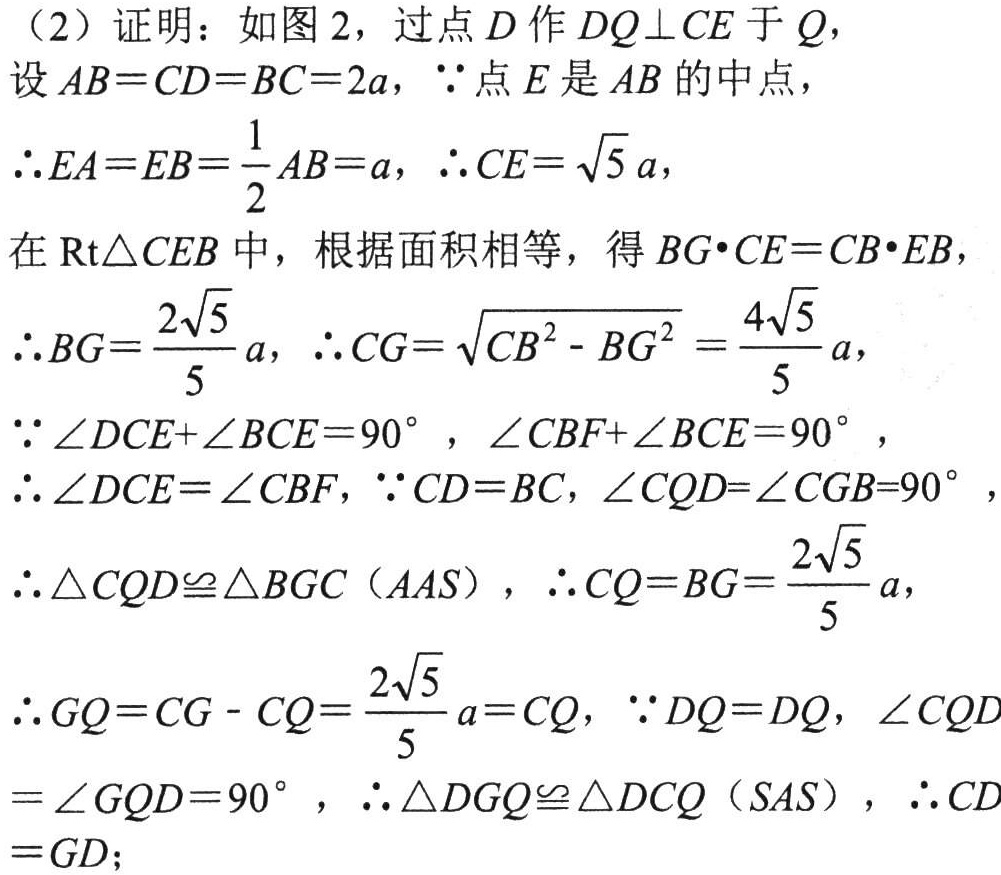
（2）证明：如图2，过点\(D\)作\(DQ\perp CE\)于\(Q\)，
设\(AB = CD = BC = 2a\)，\(\because\)点\(E\)是\(AB\)的中点，
\(\therefore EA=EB = \frac{1}{2}AB = a\)，\(\therefore CE=\sqrt{5}a\)，
在\(\text{Rt}\triangle CEB\)中，根据面积相等，得\(BG\cdot CE = CB\cdot EB\)，
\(\therefore BG=\frac{2\sqrt{5}}{5}a\)，\(\therefore CG=\sqrt{CB^{2}-BG^{2}}=\frac{4\sqrt{5}}{5}a\)，
\(\because \angle DCE+\angle BCE = 90^{\circ}\)，\(\angle CBF+\angle BCE = 90^{\circ}\)，
\(\therefore \angle DCE=\angle CBF\)，\(\because CD = BC\)，\(\angle CQD=\angle CGB = 90^{\circ}\)，
\(\therefore \triangle CQD\cong\triangle BGC\)（\(AAS\)），\(\therefore CQ = BG=\frac{2\sqrt{5}}{5}a\)，
\(\therefore GQ=CG - CQ=\frac{2\sqrt{5}}{5}a = CQ\)，\(\because DQ = DQ\)，\(\angle CQD\)
\(=\angle GQD = 90^{\circ}\)，\(\therefore \triangle DGQ\cong\triangle DCQ\)（\(SAS\)），\(\therefore CD = GD\)；